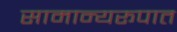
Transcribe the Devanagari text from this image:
सामान्यरूपात